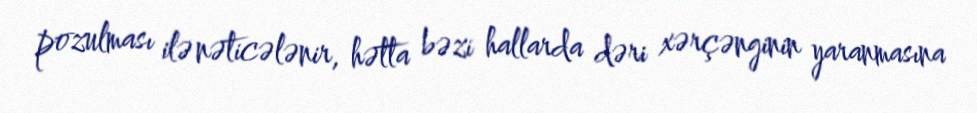
pozulması ilə nəticələnir, hətta bəzi hallarda dəri xərçənginin yaranmasına